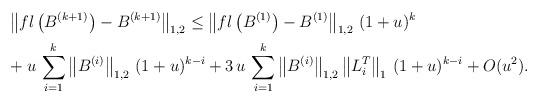
LaTeX: \begin{align*} &\left\| fl\left(B^{(k+1)}\right) - B^{(k+1)} \right\|_{1,2} \le \left\| fl \left(B^{(1)} \right) - B^{(1)} \right\|_{1,2} \, (1+u)^{k} \\& + u \, \sum_{i=1}^{k} \left\| B^{(i)} \right\|_{1,2} \, (1+u)^{k-i} + 3 \, u \, \sum_{i = 1}^{k} \left\| B^{(i)} \right\|_{1,2} \left\| L_i^T \right\|_1 \, (1+u)^{k-i} + O(u^2).\end{align*}